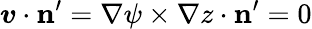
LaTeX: \boldsymbol{v}\cdot\mathbf{n}^{\prime}=\nabla\psi\times\nabla z\cdot\mathbf{n}^{\prime}=0